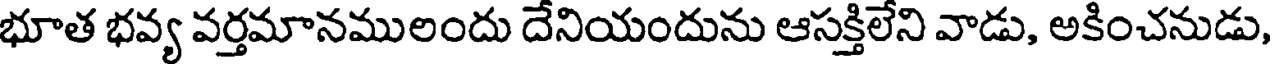
భూత భవ్య వర్తమానములందు దేనియందును ఆసక్తిలేని వాడు, అకించనుడు,